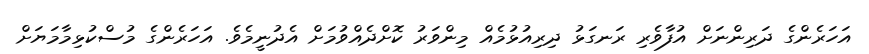
އަހަރެންގެ ދަރިންނަށް އުފާވެރި ރަނގަޅު ދިރިއުޅުމެއް މިންވަރު ކޮށްދެއްވުމަށް އެދުނީމެވެ. އަހަރެންގެ މުސްކުޅިމާމަޔަށް